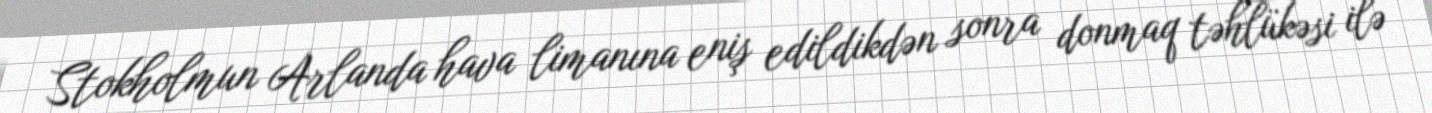
Stokholmun Arlanda hava limanına eniş edildikdən sonra donmaq təhlükəsi ilə